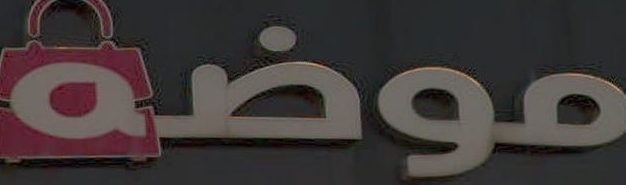
موضة